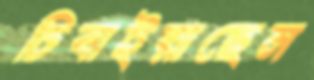
চিবাইয়াছেন